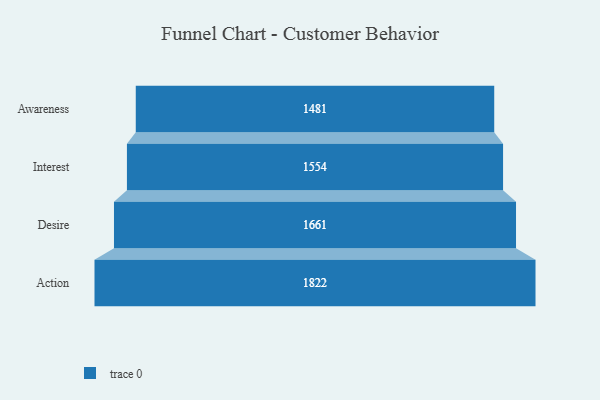
{"axis": {"x": "Stage", "y": "Value"}, "legend": [""], "data": [{"x": "Awareness", "y": 1481.0, "type": ""}, {"x": "Interest", "y": 1554.0, "type": ""}, {"x": "Desire", "y": 1661.0, "type": ""}, {"x": "Action", "y": 1822.0, "type": ""}]}